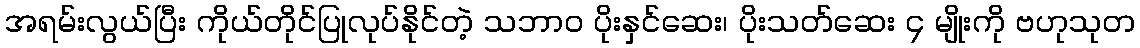
အရမ်းလွယ်ပြီး ကိုယ်တိုင်ပြုလုပ်နိုင်တဲ့ သဘာဝ ပိုးနှင်ဆေး၊ ပိုးသတ်ဆေး ၄ မျိုးကို ဗဟုသုတ